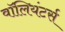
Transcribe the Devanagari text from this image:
वॉलियंटर्स